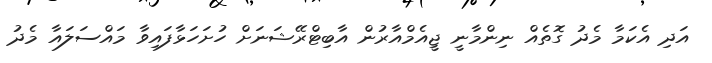
އަދި އެކަމާ މެދު ގޮތެއް ނިންމާނީ ޖީއެމްއާރުން އާބިޓްރޭޝަނަށް ހުށަހަޅާފައިވާ މައްސަލައާ މެދު